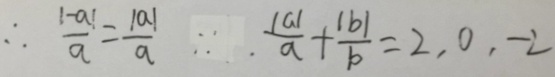
\therefore \frac { \vert - a \vert } { a } = \frac { \vert a \vert } { a } . \because . \frac { \vert a \vert } { a } + \frac { \vert b \vert } { b } = 2 , 0 , - 2